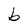
Character: b